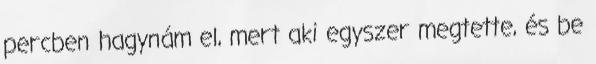
percben hagynám el, mert aki egyszer megtette, és be